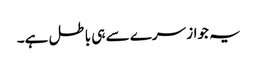
یہ جواز سرے سے ہی باطل ہے۔